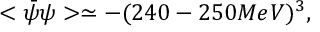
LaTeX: < \bar { \psi } \psi > \simeq - ( 2 4 0 - 2 5 0 M e V ) ^ { 3 } ,